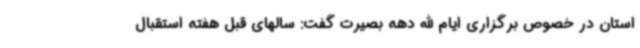
استان در خصوص برگزاری ایام الله دهه بصیرت گفت: سالهای قبل هفته استقبال